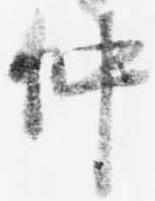
仲